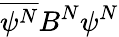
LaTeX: \overline{{\psi^{N}}}B^{N}\psi^{N}